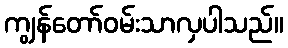
ကျွန်တော်ဝမ်းသာလှပါသည်။